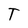
Character: T